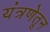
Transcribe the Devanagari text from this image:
यंत्रणेतून